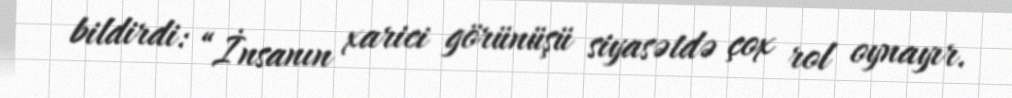
bildirdi: “İnsanın xarici görünüşü siyasətdə çox rol oynayır.